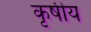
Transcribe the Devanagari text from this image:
कृषीय